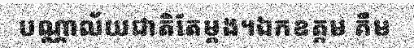
បណ្ណាល័យជាតិតែម្តង។ឯកឧត្តម គឹម